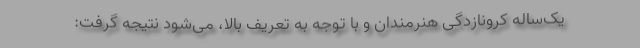
یک‌ساله کرونازدگی هنرمندان و با توجه به تعریف بالا، می‌شود نتیجه گرفت: